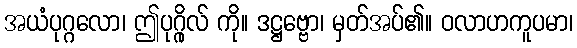
အယံပုဂ္ဂလော၊ ဤပုဂ္ဂိုလ် ကို။ ဒဋ္ဌဗ္ဗော၊ မှတ်အပ်၏။ ဝလာဟကူပမာ၊